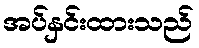
အပ်နှင်းထားသည်